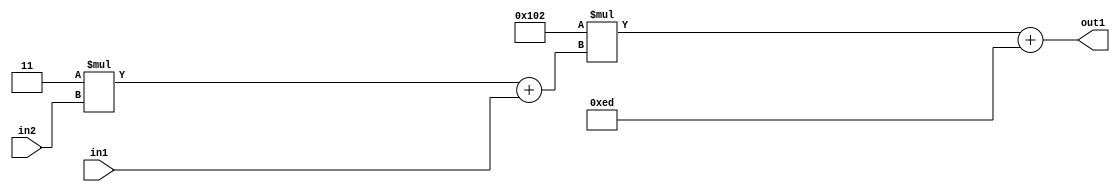
`timescale 1ps / 1ps
/*****************************************************************************
    Verilog RTL Description
    
    
    Created by: Stratus DpOpt 2019.1.01 
*******************************************************************************/

module DC_Filter_Add2i237Mul2i258Add2u1Mul2i3u2_4 (
	in2,
	in1,
	out1
	); /* architecture "behavioural" */ 
input [1:0] in2;
input  in1;
output [11:0] out1;
wire [11:0] asc001;
wire [3:0] asc002;

wire [3:0] asc002_tmp_0;
assign asc002_tmp_0 = 
	+(4'B0011 * in2);
assign asc002 = asc002_tmp_0
	+(in1);

wire [11:0] asc001_tmp_1;
assign asc001_tmp_1 = 
	+(12'B000100000010 * asc002);
assign asc001 = asc001_tmp_1
	+(12'B000011101101);

assign out1 = asc001;
endmodule

/* CADENCE  v7X2Qgo= : u9/ySgnWtBlWxVPRXgAZ4Og= ** DO NOT EDIT THIS LINE ******/